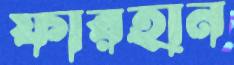
ফারহান